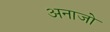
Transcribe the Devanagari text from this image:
अनाजो